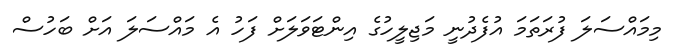
މިމައްސަލަ ފުރަތަމަ އުފެދުނީ މަޖިލީހުގެ އިންޓަވަލަށް ފަހު އެ މައްސަލަ އަށް ބަހުސް